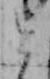
と